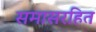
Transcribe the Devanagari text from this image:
समासरहित